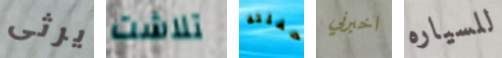
يرثى تلاشت حفلته اخبرني للسياره